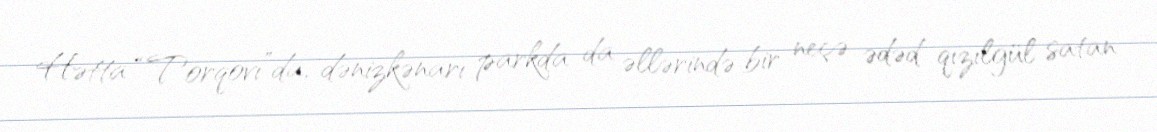
Hətta “Torqovı”da, dənizkənarı parkda da əllərində bir neçə ədəd qızılgül satan